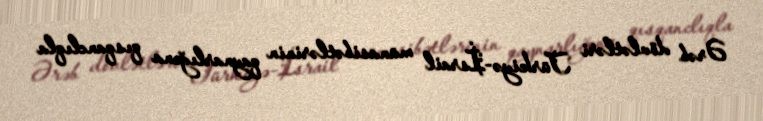
Ərəb dövlətləri Türkiyə-İsrail münasibətlərinin qaynarlığına qısqanclıqla